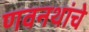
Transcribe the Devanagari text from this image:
णवनथांचे